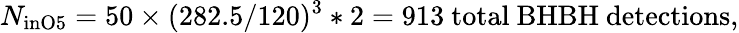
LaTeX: N_{\mathrm{{inO5}}}=50\times(282.5/120)^{3}*2=913\mathrm{{\ total\ BHBH\ detections},}